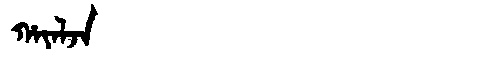
Manchu: ᡥᠠᠶᠠᠯᠵᠠ
Romanization: HAYALJA